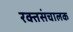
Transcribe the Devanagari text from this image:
रक्तसंचालक